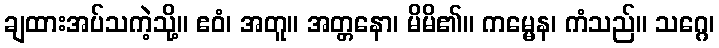
ချထားအပ်သကဲ့သို့။ ဧဝံ၊ အတူ။ အတ္တနော၊ မိမိ၏။ ကမ္မေန၊ ကံသည်။ သဂ္ဂေ၊